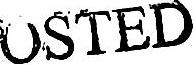
OSTED